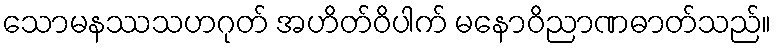
သောမနဿသဟဂုတ် အဟိတ်ဝိပါက် မနောဝိညာဏဓာတ်သည်။